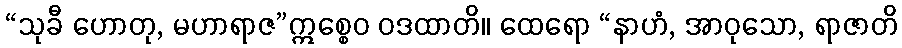
“သုခီ ဟောတု, မဟာရာဇ”ဣစ္စေဝ ဝဒထာတိ။ ထေရော “နာဟံ, အာဝုသော, ရာဇာတိ